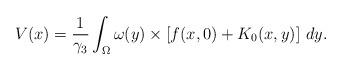
LaTeX: \begin{align*} V(x) = {1\over \gamma_3} \int_\Omega \omega(y) \times \left[ f(x, 0) + K_0(x, y) \right]\, dy. \end{align*}